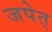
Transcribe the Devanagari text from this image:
जपेत्